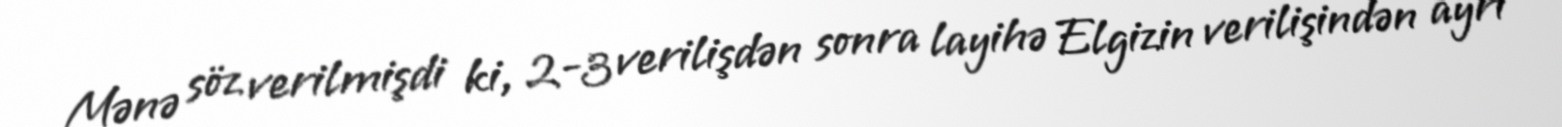
Mənə söz verilmişdi ki, 2-3 verilişdən sonra layihə Elgizin verilişindən ayrı